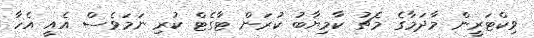
ވިކްޓަރީން މާދަމާގެ މެޗު ކާމިޔާބު ކުރަން ޓާގެޓް ކުރި ނަމަވެސް އެއީ އެހާ